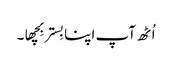
اُٹھ آپ اپنا بِستر بِچھا۔